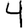
Digit: 4